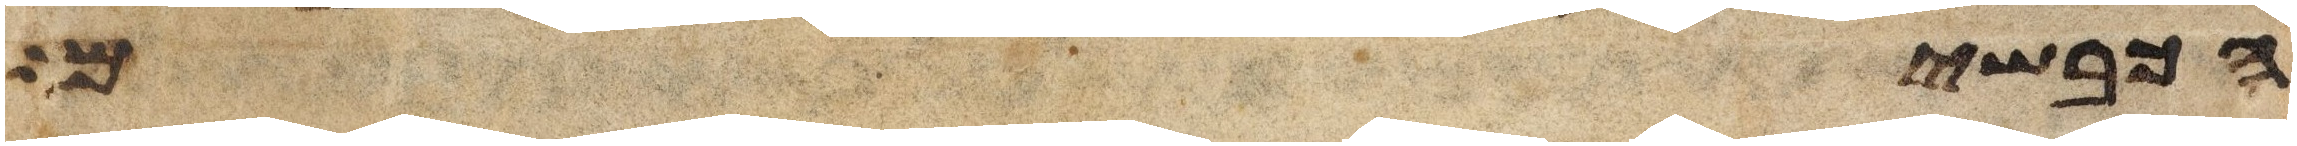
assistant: הכבשים